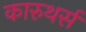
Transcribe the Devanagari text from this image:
कारुथर्स